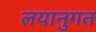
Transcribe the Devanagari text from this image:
लयानुगत